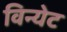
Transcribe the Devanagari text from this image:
विन्येट